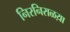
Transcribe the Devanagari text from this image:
निरनिराळय़ा